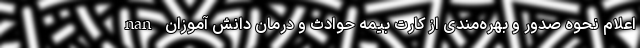
nan اعلام نحوه صدور و بهره‌مندی از کارت بیمه حوادث و درمان دانش آموزان